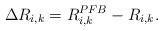
LaTeX: \begin{align*}\Delta R_{i,k}=R_{i,k}^{PFB}-R_{i,k}.\end{align*}